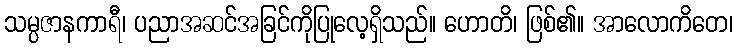
သမ္ပဇာနကာရီ၊ ပညာအဆင်အခြင်ကိုပြုလေ့ရှိသည်။ ဟောတိ၊ ဖြစ်၏။ အာလောကိတေ၊